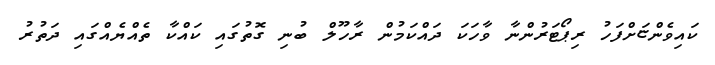
ކައިވެންޏަށްފަހު ރިޕޯޓަރުންނާ ވާހަކަ ދައްކަމުން ރާހޫލް ބުނި ގޮތުގައި ކައްކާ ތެއްޔެއްގައި ދަތުރު